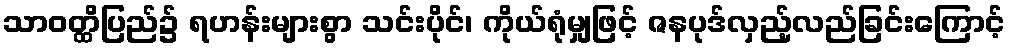
သာဝတ္ထိပြည်၌ ရဟန်းများစွာ သင်းပိုင်၊ ကိုယ်ရုံမျှဖြင့် ဇနပုဒ်လှည့်လည်ခြင်းကြောင့်